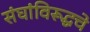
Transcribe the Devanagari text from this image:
संघांविरूद्धचे